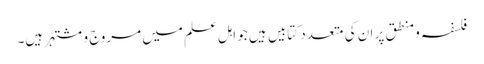
فلسفہ و منطق پر ان کی متعدد کتابیں ہیں جو اہل علم میں مروج و مشتہر ہیں۔